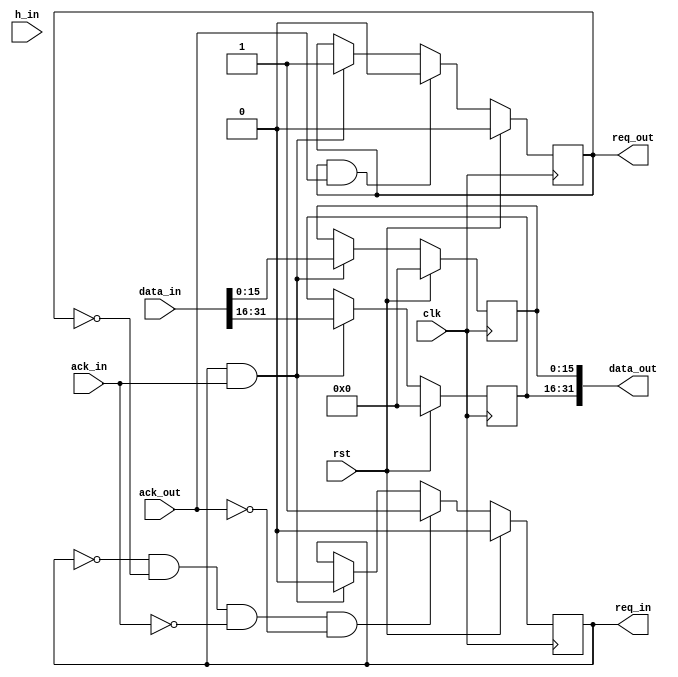
`timescale 1ns / 1ps

module filter #(parameter NR_STAGES = 32,
                parameter DWIDTH = 16,
                parameter DDWIDTH = 2*DWIDTH,
                parameter CWIDTH = NR_STAGES * DWIDTH)
               (input  clk,
                input  rst,
                output req_in,
                input  ack_in,
                input  [0:DDWIDTH-1] data_in,
                output req_out,
                input  ack_out,
                output [0:DDWIDTH-1] data_out,
                input  [0:CWIDTH-1] h_in);

    // Output request register
    reg req_out_buf;
    assign req_out = req_out_buf;

    // Input request register
    reg req_in_buf;
    assign req_in = req_in_buf;

    // Split input into 2 samples
    wire signed [0:DWIDTH-1] a0, a1;
    assign {a0, a1} = data_in;
    
    // Buffer and combine 2 samples into output
    reg signed [0:DWIDTH-1] b0, b1;
    assign data_out = {b0, b1};
  
    always @(posedge clk) begin
        // Reset => initialize
        if (rst) begin
            req_in_buf <= 0;
            req_out_buf <= 0;
            b0 <= 0;
            b1 <= 0;
        end
        // !Reset => run
        else begin
            // Input request & acknowledge => take the input & go back to computation a.s.a.p.
            if (req_in && ack_in) begin
                b0 <= a0;
                b1 <= a1;
                req_in_buf <= 0;
                req_out_buf <= 1;
            end
            // Output request & acknowledge => go back to computation a.s.a.p.
            if (req_out && ack_out) begin
                req_out_buf <= 0;
            end
            // If we need no inputs and have no outputs ready, then proceed with the computation
            if (!req_in && !req_out && !ack_in && !ack_out) begin   
                req_in_buf <= 1;
            end
        end
    end

endmodule